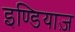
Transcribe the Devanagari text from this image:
इण्डियाज़